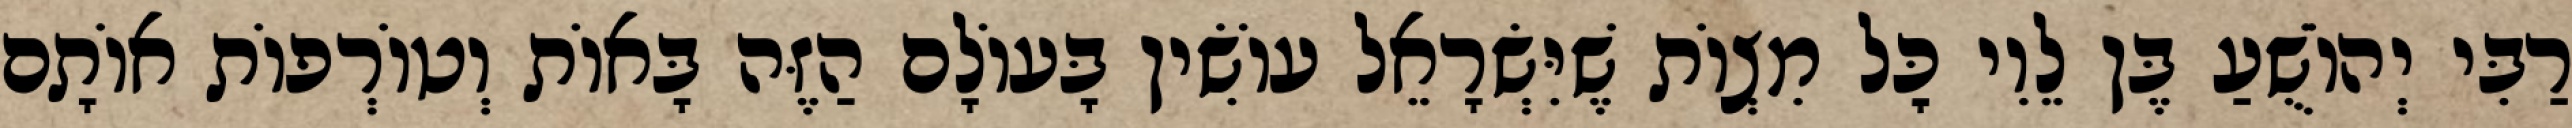
רַבִּי יְהוֹשֻׁעַ בֶּן לֵוִי כׇּל מִצְוֹת שֶׁיִּשְׂרָאֵל עוֹשִׂין בָּעוֹלָם הַזֶּה בָּאוֹת וְטוֹרְפוֹת אוֹתָם